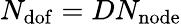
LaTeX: N_{\mathrm{dof}}=DN_{\mathrm{node}}